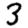
Digit: 3